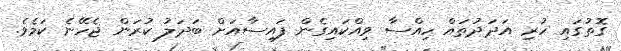
ގޮތުގައި ހުރި އަދަދުތައް ހިއްސާ ވިއްކައިގެން ފައިސާއަށް ބަދަލު ކުރަން ޖެހޭނެ ކަމެވެ.